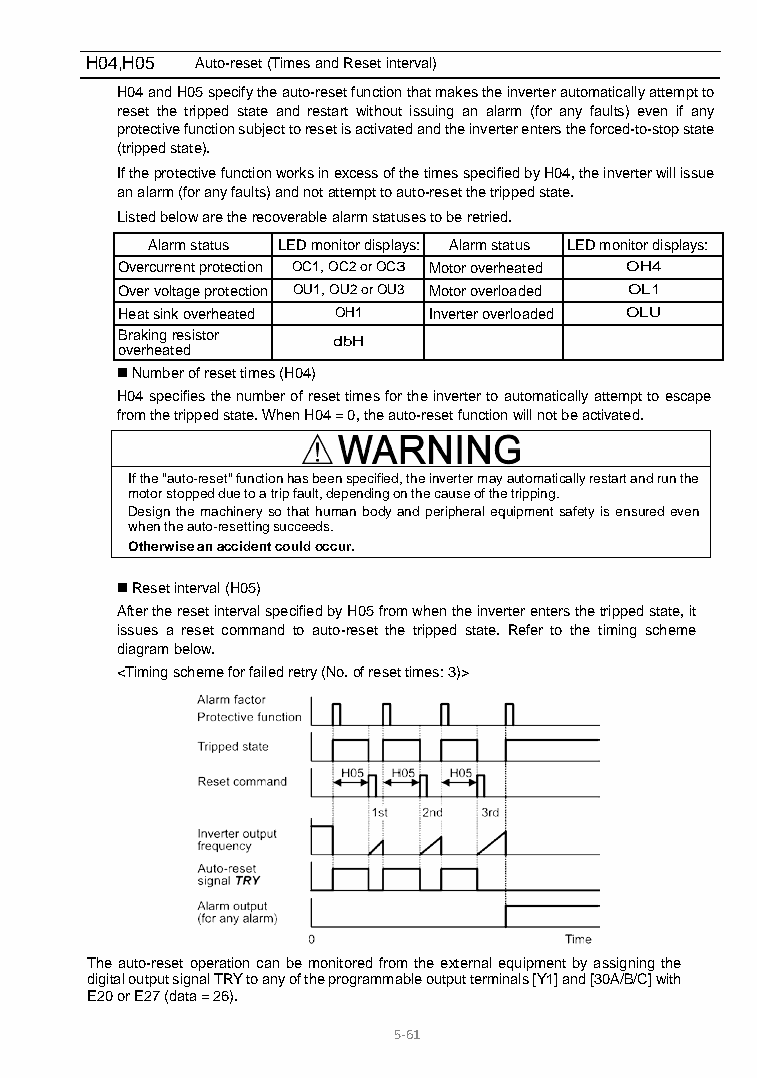
H04,H05 Auto-reset (Times and Reset interval)
 H04 and H05 specify the auto-reset function that makes the inverter automatically attempt to
 reset the tripped state and restart without issuing an alarm (for any faults) even if any
 protective function subject to reset is activated and the inverter enters the forced-to-stop state
 (tripped state).
 If the protective function works in excess of the times specified by H04, the inverter will issue
 an alarm (for any faults) and not attempt to auto-reset the tripped state.
 Listed below are the recoverable alarm statuses to be retried.
 Alarm status LED monitor displays: Alarm status LED monitor displays:
 Overcurrent protection OC1, OC2 or OC3 Motor overheated OH4
 Over voltage protection OU1, OU2 or OU3 Motor overloaded OL1
 Heat sink overheated OH1 Inverter overloaded OLU
 Braking resistor
 dbH
 overheated
  Number of reset times (H04)
 H04 specifies the number of reset times for the inverter to automatically attempt to escape
 from the tripped state. When H04 = 0, the auto-reset function will not be activated.
 If the "auto-reset" function has been specified, the inverter may automatically restart and run the
 motor stopped due to a trip fault, depending on the cause of the tripping.
 Design the machinery so that human body and peripheral equipment safety is ensured even
 when the auto-resetting succeeds.
 Otherwise an accident could occur.
  Reset interval (H05)
 After the reset interval specified by H05 from when the inverter enters the tripped state, it
 issues a reset command to auto-reset the tripped state. Refer to the timing scheme
 diagram below.
 <Timing scheme for failed retry (No. of reset times: 3)>
 The auto-reset operation can be monitored from the external equipment by assigning the
 digital output signal TRY to any of the programmable output terminals [Y1] and [30A/B/C] with
 E20 or E27 (data = 26).
 5-61